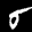
Label: 5